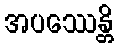
အပဿေန္တိ